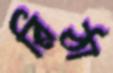
রিঠা